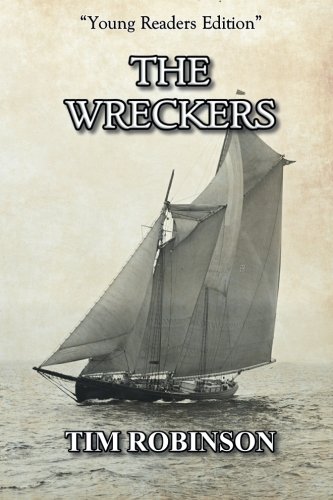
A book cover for The Wreckers; Tim Robinson; Teen & Young Adult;